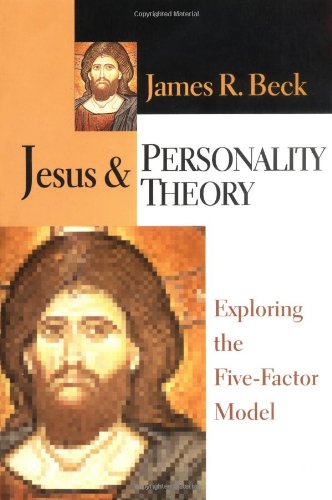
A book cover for Jesus  Personality Theory: Exploring the Five-Factor Model; James R. Beck; Religion & Spirituality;